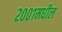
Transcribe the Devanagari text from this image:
२००१मधील